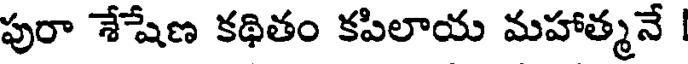
పురా శేషేణ కథితం కపిలాయ మహాత్మనే